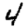
Digit: 4